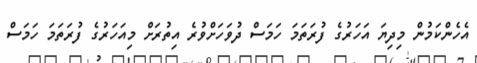
އެހެންކަމުން މިދިޔަ އަހަރުގެ ފުރަތަމަ ހަމަސް ދުވަހަށްވުރެ އިތުރަށް މިއަހަރުގެ ފުރަތަމަ ހަމަސް